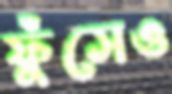
ফুঁসেও